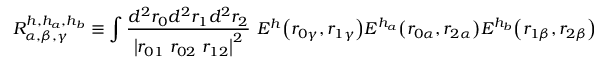
{ \cal R } _ { \alpha , \beta , \gamma } ^ { h , h _ { a } , h _ { b } } \equiv \int \frac { d ^ { 2 } r _ { 0 } d ^ { 2 } r _ { 1 } d ^ { 2 } r _ { 2 } } { \left| r _ { 0 1 } \ r _ { 0 2 } \ r _ { 1 2 } \right| ^ { 2 } } \ E ^ { h } { \left( r _ { 0 \gamma } , r _ { 1 \gamma } \right) } E ^ { h _ { a } } { \left( r _ { 0 \alpha } , r _ { 2 \alpha } \right) } E ^ { h _ { b } } { \left( r _ { 1 \beta } , r _ { 2 \beta } \right) }